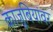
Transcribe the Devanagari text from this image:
काजूबियांवर